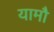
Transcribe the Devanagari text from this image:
यामौ